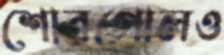
শোরগোলও